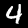
Label: 4